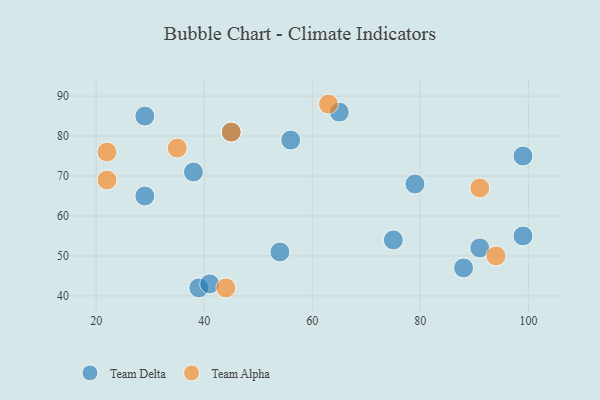
{"axis": {"x": "GDP", "y": "Life Expectancy"}, "legend": ["Team Alpha", "Team Delta"], "data": [{"x": "29", "y": 65, "type": "Team Delta"}, {"x": "65", "y": 86, "type": "Team Delta"}, {"x": "29", "y": 85, "type": "Team Delta"}, {"x": "54", "y": 51, "type": "Team Delta"}, {"x": "79", "y": 68, "type": "Team Delta"}, {"x": "45", "y": 81, "type": "Team Delta"}, {"x": "39", "y": 42, "type": "Team Delta"}, {"x": "99", "y": 55, "type": "Team Delta"}, {"x": "91", "y": 52, "type": "Team Delta"}, {"x": "99", "y": 75, "type": "Team Delta"}, {"x": "75", "y": 54, "type": "Team Delta"}, {"x": "88", "y": 47, "type": "Team Delta"}, {"x": "38", "y": 71, "type": "Team Delta"}, {"x": "56", "y": 79, "type": "Team Delta"}, {"x": "41", "y": 43, "type": "Team Delta"}, {"x": "35", "y": 77, "type": "Team Alpha"}, {"x": "22", "y": 76, "type": "Team Alpha"}, {"x": "44", "y": 42, "type": "Team Alpha"}, {"x": "91", "y": 67, "type": "Team Alpha"}, {"x": "94", "y": 50, "type": "Team Alpha"}, {"x": "45", "y": 81, "type": "Team Alpha"}, {"x": "63", "y": 88, "type": "Team Alpha"}, {"x": "22", "y": 69, "type": "Team Alpha"}]}